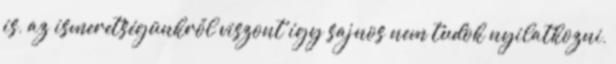
is, az ismeretségünkről viszont így sajnos nem tudok nyilatkozni,